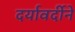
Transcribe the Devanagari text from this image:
दर्यावर्दीने